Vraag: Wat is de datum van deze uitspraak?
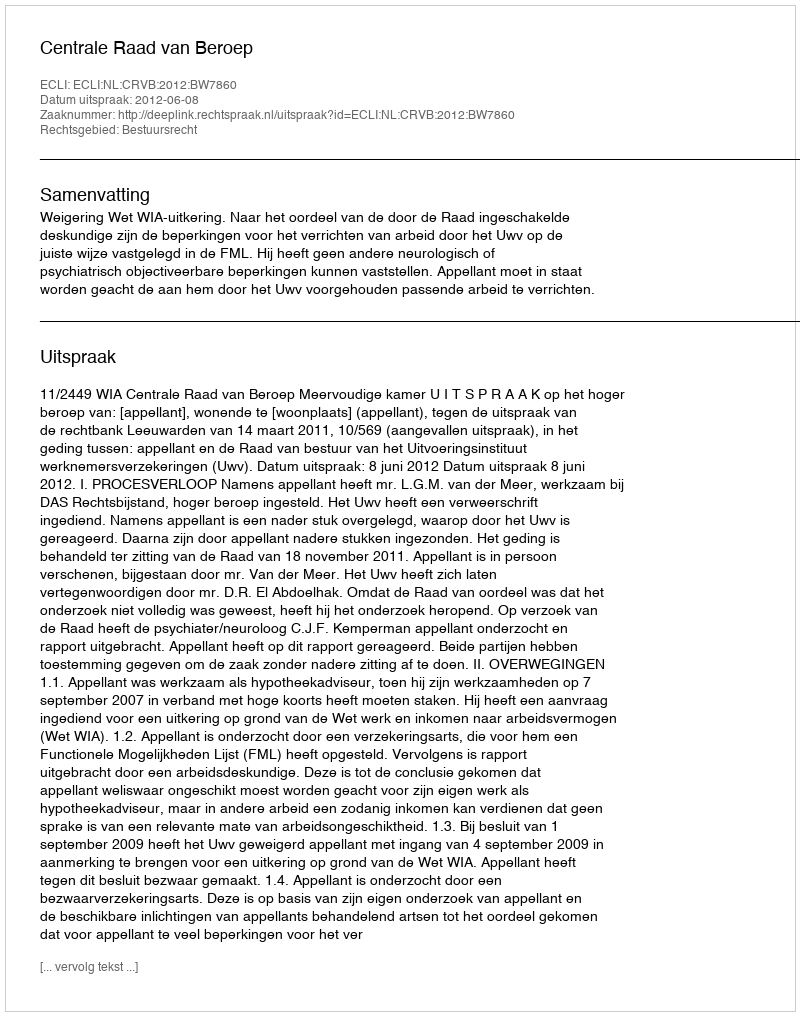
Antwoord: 2012-06-08